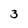
Character: 3